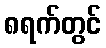
၈ရက်တွင်